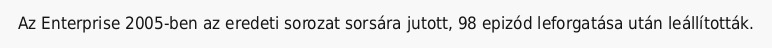
Az Enterprise 2005-ben az eredeti sorozat sorsára jutott, 98 epizód leforgatása után leállították.